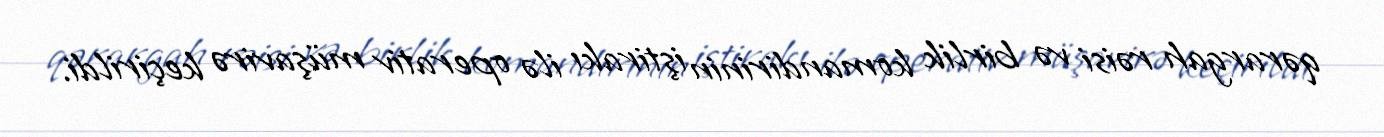
qərargah rəisi və birlik komandirinin iştirakı ilə operativ müşavirə keçirildi.